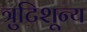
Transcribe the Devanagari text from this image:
त्रुटिशून्य